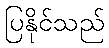
ပြနိုင်သည်